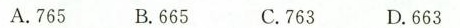
A.765 B.665 C.763 D.663